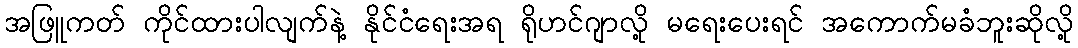
အဖြူကတ် ကိုင်ထားပါလျက်နဲ့ နိုင်ငံရေးအရ ရိုဟင်ဂျာလို့ မရေးပေးရင် အကောက်မခံဘူးဆိုလို့